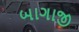
બાગાજી